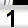
Digit: 1